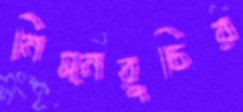
নিম্নরুচির